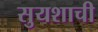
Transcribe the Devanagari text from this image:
सुयशाची